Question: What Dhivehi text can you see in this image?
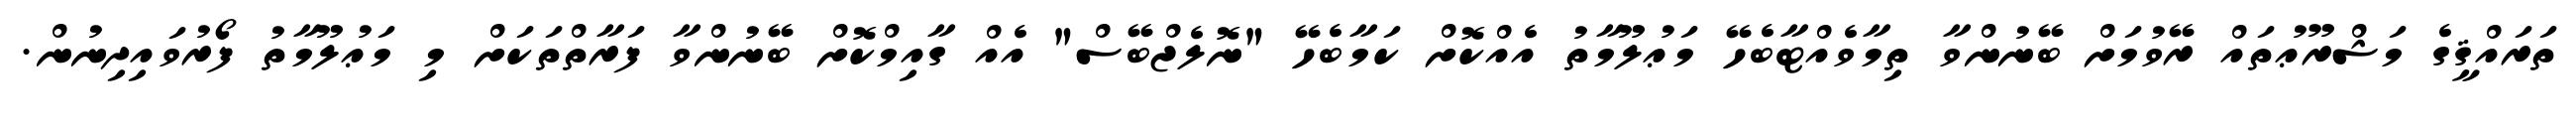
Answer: ތަރައްޤީގެ މަޝްރޫޢުތައް ރޭވުމަށް ބޭނުންވާ ތިމާވެއްޓާބެހޭ މަޢުލޫމާތު އެއްކޮށް ކަމާބެހޭ "ނޮލެޖްބޭސް" އެއް ގާއިމްކޮށް ބޭނުންވާ ފަރާތްތަކަށް މި މަޢުލޫމާތު ފޯރުވައިދިނުން.